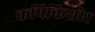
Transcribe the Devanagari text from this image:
कपिकिशोर